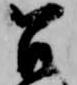
召